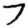
Digit: 7